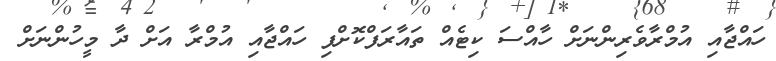
ހައްޖާއި އުމްރާވެރިންނަށް ހާއްސަ ކިޓެއް ތައާރަފްކޮށްފި ހައްޖާއި އުމްރާ އަށް ދާ މީހުންނަށް